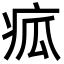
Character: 㽿